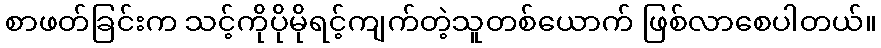
စာဖတ်ခြင်းက သင့်ကိုပိုမိုရင့်ကျက်တဲ့သူတစ်ယောက် ဖြစ်လာစေပါတယ်။